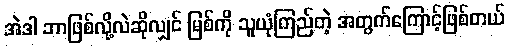
အဲဒါ ဘာဖြစ်လို့လဲဆိုလျှင် မြစ်ကို သူယုံကြည်တဲ့ အတွက်ကြောင့်ဖြစ်တယ်